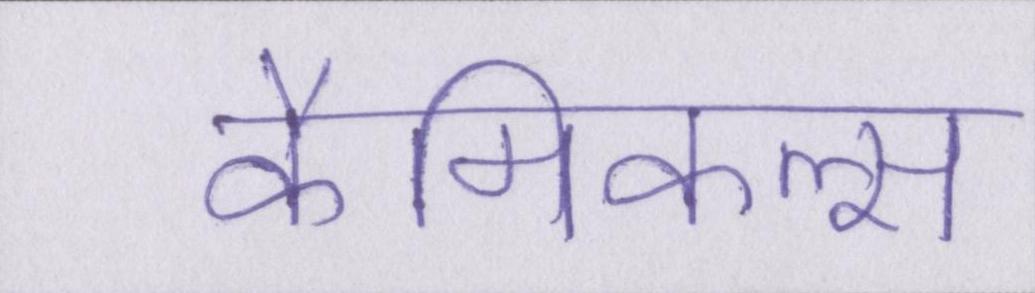
कैमिकल्स